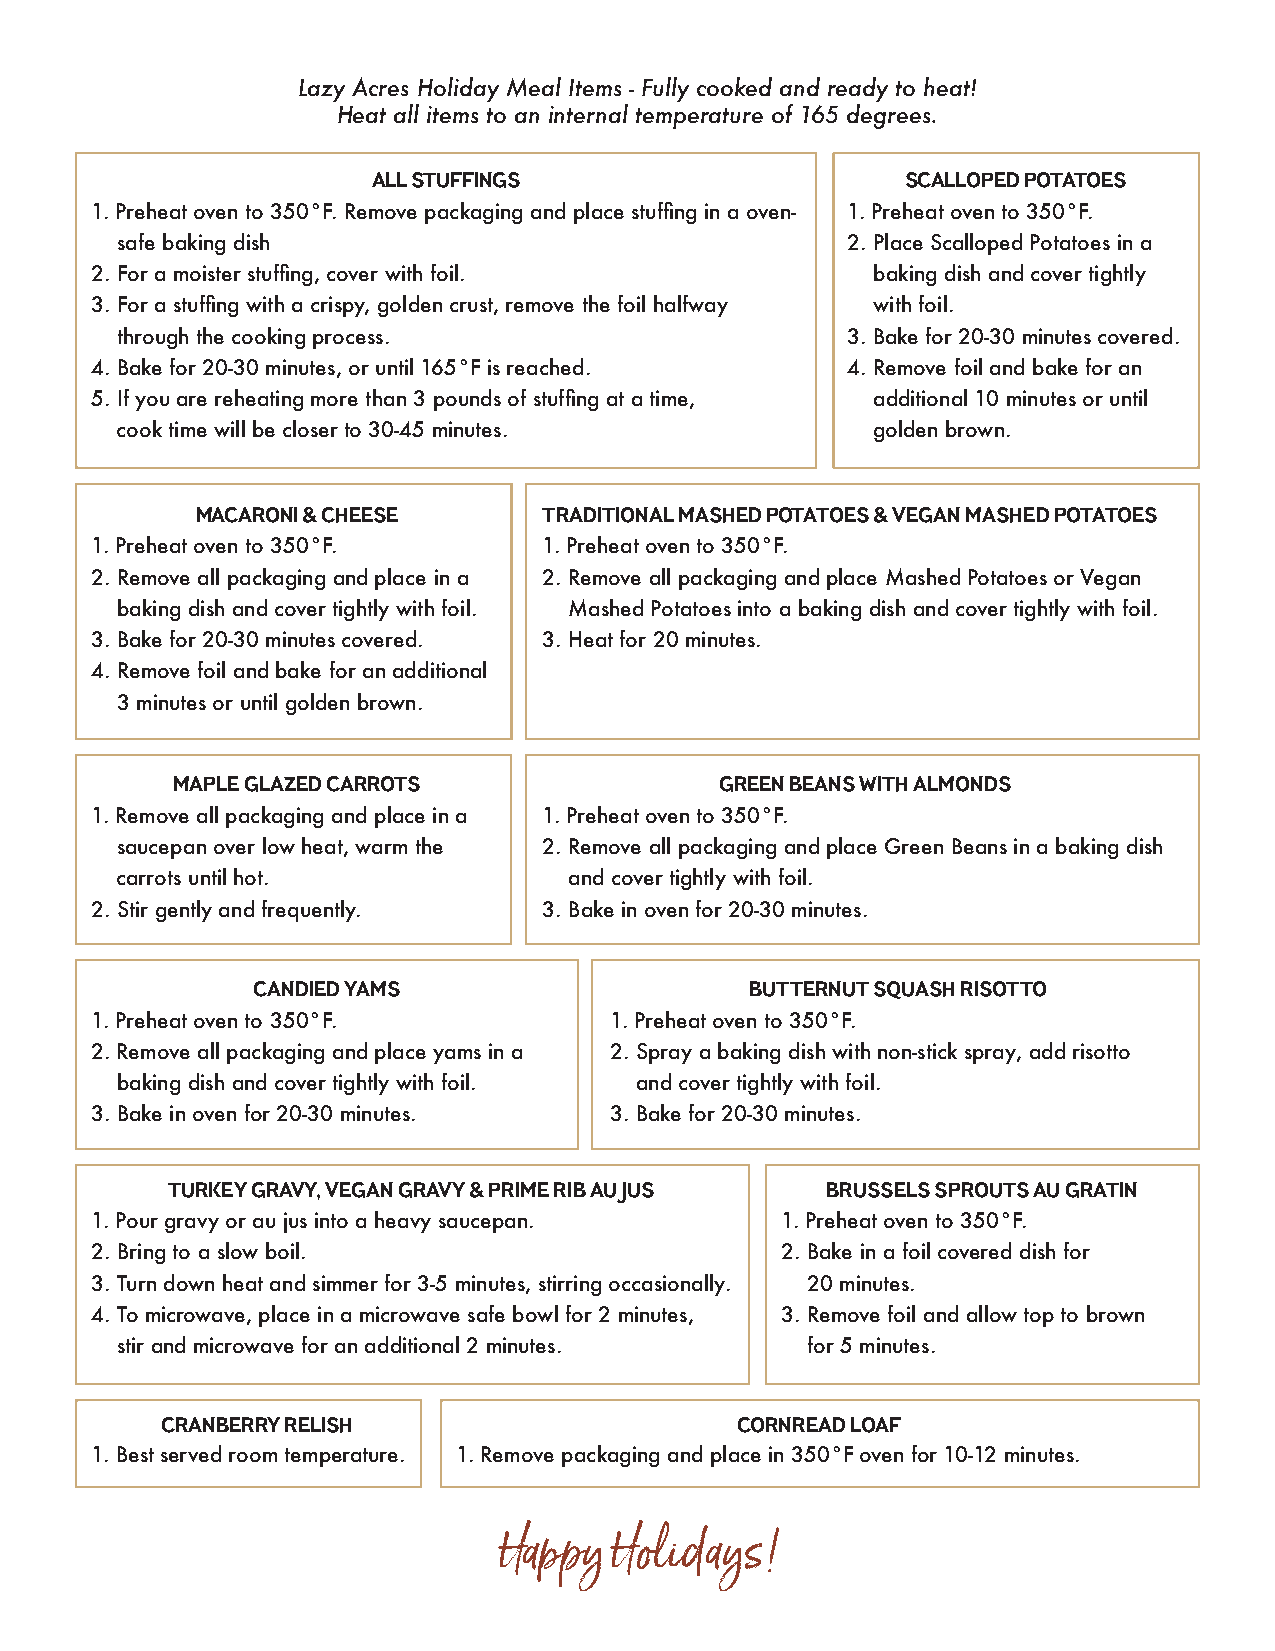
Lazy Acres Holiday Meal Items - Fully cooked and ready to heat!
 Heat all items to an internal temperature of 165 degrees.
 ALL STUFFINGS                      SCALLOPED POTATOES
 1. Preheat oven to 350°F. Remove packaging and place stuffing in a oven- 1. Preheat oven to 350°F.
 safe baking dish                                2. Place Scalloped Potatoes in a
 2. For a moister stuffing, cover with foil.         baking dish and cover tightly
 3. For a stuffing with a crispy, golden crust, remove the foil halfway with foil.
 through the cooking process.                    3. Bake for 20-30 minutes covered.
 4. Bake for 20-30 minutes, or until 165°F is reached. 4. Remove foil and bake for an
 5. If you are reheating more than 3 pounds of stuffing at a time, additional 10 minutes or until
 cook time will be closer to 30-45 minutes.        golden brown.
 MACARONI & CHEESE      TRADITIONAL MASHED POTATOES & VEGAN MASHED POTATOES
 1. Preheat oven to 350°F.     1. Preheat oven to 350°F.
 2. Remove all packaging and place in a 2. Remove all packaging and place Mashed Potatoes or Vegan
 baking dish and cover tightly with foil. Mashed Potatoes into a baking dish and cover tightly with foil.
 3. Bake for 20-30 minutes covered. 3. Heat for 20 minutes.
 4. Remove foil and bake for an additional
 3 minutes or until golden brown.
 MAPLE GLAZED CARROTS                 GREEN BEANS WITH ALMONDS
 1. Remove all packaging and place in a 1. Preheat oven to 350°F.
 saucepan over low heat, warm the 2. Remove all packaging and place Green Beans in a baking dish
 carrots until hot.            and cover tightly with foil.
 2. Stir gently and frequently. 3. Bake in oven for 20-30 minutes.
 CANDIED YAMS                     BUTTERNUT SQUASH RISOTTO
 1. Preheat oven to 350°F.         1. Preheat oven to 350°F.
 2. Remove all packaging and place yams in a 2. Spray a baking dish with non-stick spray, add risotto
 baking dish and cover tightly with foil. and cover tightly with foil.
 3. Bake in oven for 20-30 minutes. 3. Bake for 20-30 minutes.
 TURKEY GRAVY, VEGAN GRAVY & PRIME RIB AU JUS BRUSSELS SPROUTS AU GRATIN
 1. Pour gravy or au jus into a heavy saucepan. 1. Preheat oven to 350°F.
 2. Bring to a slow boil.                      2. Bake in a foil covered dish for
 3. Turn down heat and simmer for 3-5 minutes, stirring occasionally. 20 minutes.
 4. To microwave, place in a microwave safe bowl for 2 minutes, 3. Remove foil and allow top to brown
 stir and microwave for an additional 2 minutes. for 5 minutes.
 CRANBERRY RELISH                      CORNREAD LOAF
 1. Best served room temperature. 1. Remove packaging and place in 350°F oven for 10-12 minutes.
 Happy   Holidays!